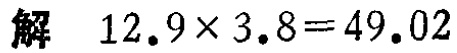
解 \(12.9\times 3.8 = 49.02\)